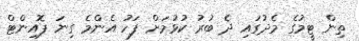
ތިން ޓީމުގެ މެދުގައި ދެ ބުރު ކުޅުމަށް ފަހު އެންމެ ގިނަ ޕޮއިންޓް